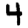
Digit: 4